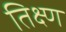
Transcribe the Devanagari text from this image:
तिक्ष्ण